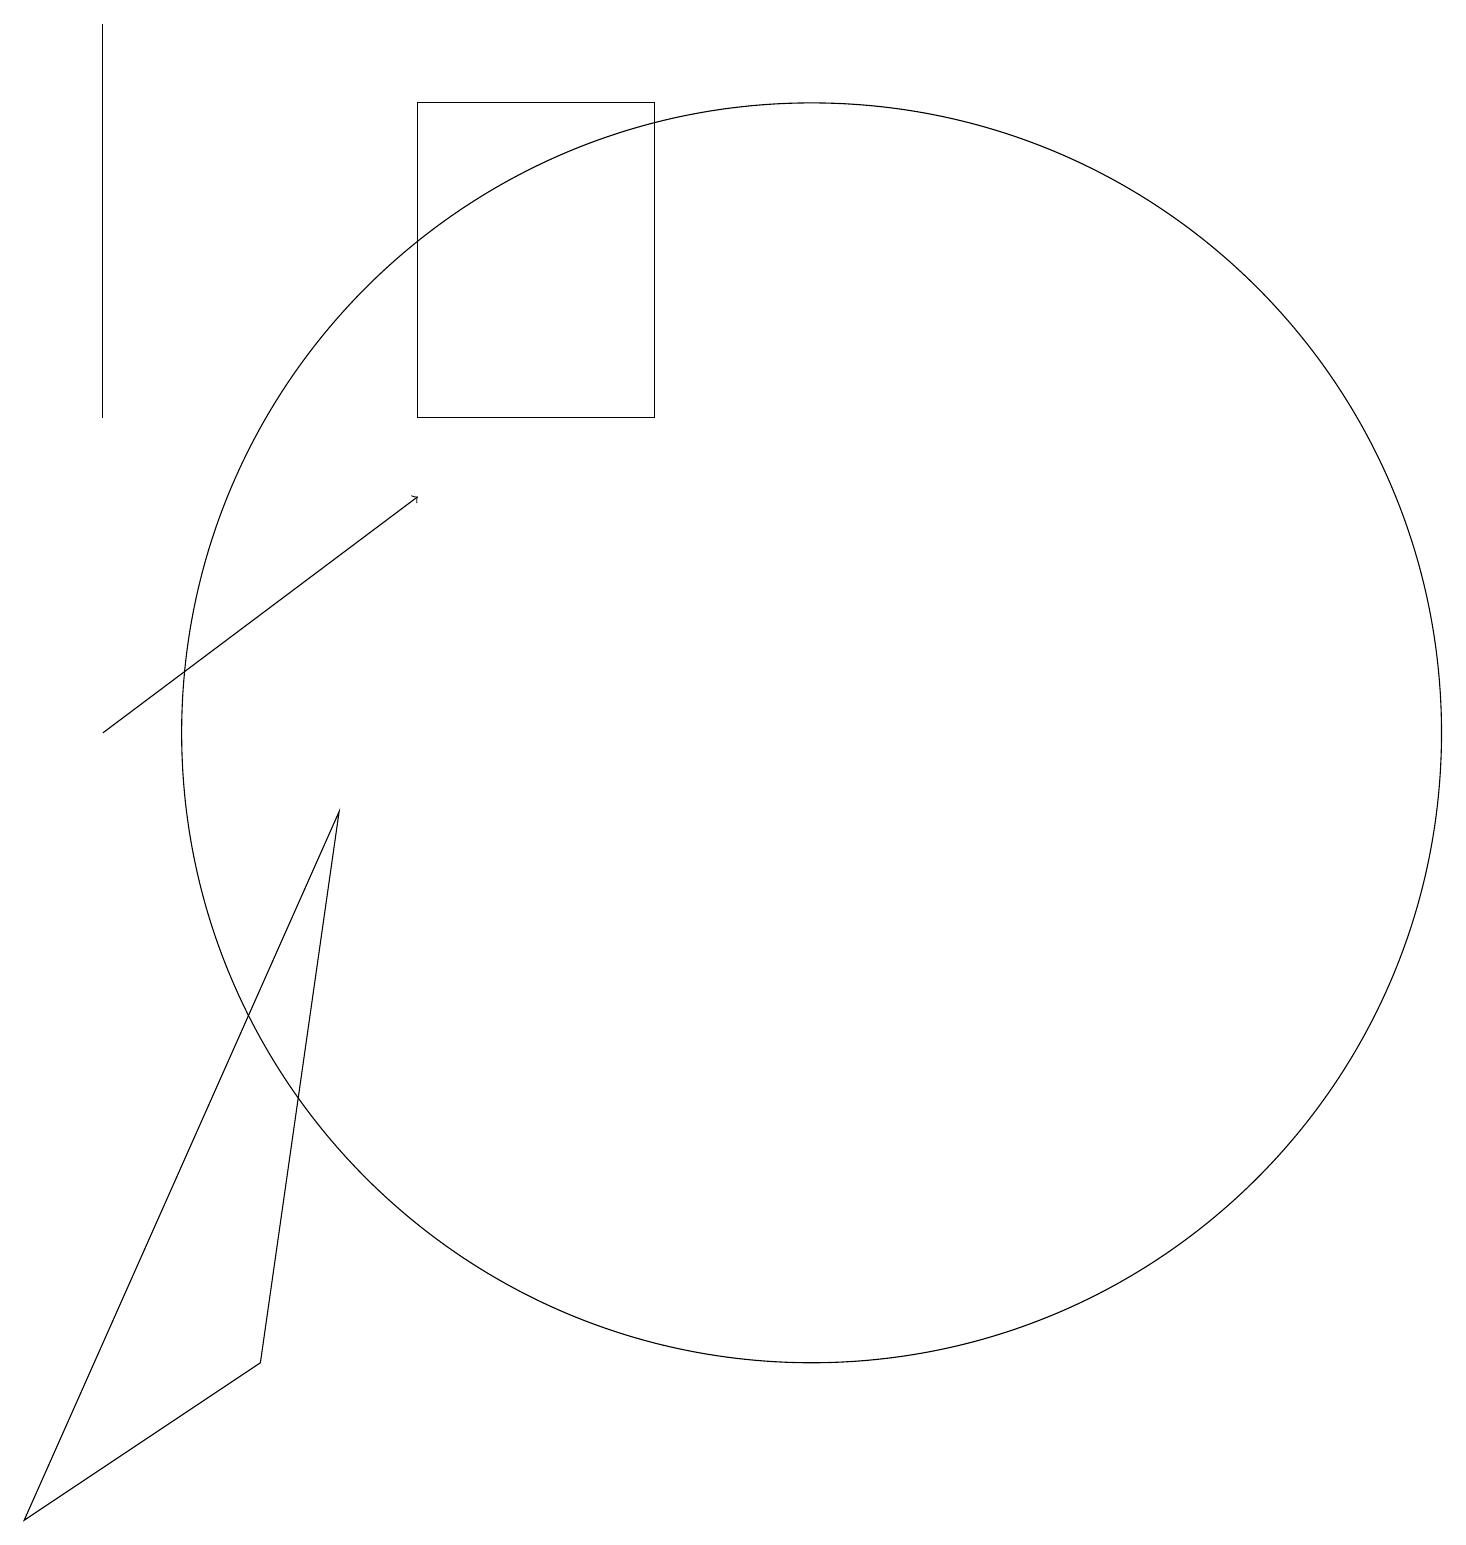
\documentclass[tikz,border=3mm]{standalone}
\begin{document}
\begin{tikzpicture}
\draw (8,18) rectangle (5,14);
\draw (4,9) -- (0,0) -- (3,2) -- cycle;
\draw (10,10) circle (8);
\draw (1,14) rectangle (1,19);
\draw[->] (1,10) -- (5,13);
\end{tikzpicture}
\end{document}